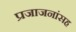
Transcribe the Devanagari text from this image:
प्रजाजनांसह